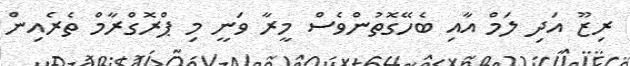
ރިޒޫ އަދި ލަމް އާއި ބެހޭގޮތުންވެސް މީރާ ވަނީ މި ޕްރޮގްރާމް ތެރެއިން